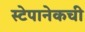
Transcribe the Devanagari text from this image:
स्टेपानेकची